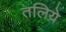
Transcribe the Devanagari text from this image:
तलिये